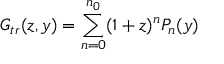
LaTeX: G _ { t r } ( z , y ) = \sum _ { n = 0 } ^ { n _ { 0 } } ( 1 + z ) ^ { n } P _ { n } ( y )